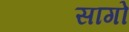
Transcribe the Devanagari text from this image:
सागो